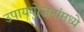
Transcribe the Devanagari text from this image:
उपाययोजनांमध्ये